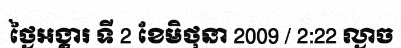
ថ្ងៃអង្គារ ទី 2 ខែមិថុនា 2009 / 2:22 ល្ងាច